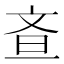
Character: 𭤘